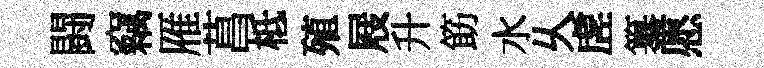
闘竊雁菖柢殖屐升筯水乆虗纂愿